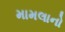
મામલાનો